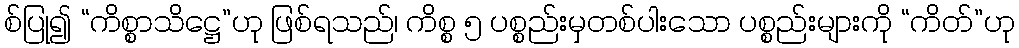
စ်ပြု၍ “ကိစ္စာသိဋ္ဌေ”ဟု ဖြစ်ရသည်၊ ကိစ္စ ၅ ပစ္စည်းမှတစ်ပါးသော ပစ္စည်းများကို “ကိတ်”ဟု